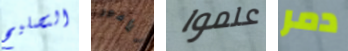
التصليح للأمور علموا دمر